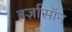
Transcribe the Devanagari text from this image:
बर्ज़ासॉन